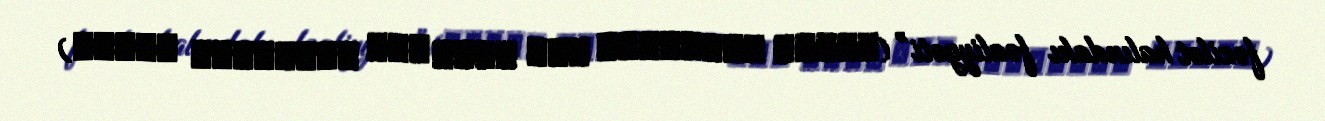
fəzilət halındakı fəaliyyəti” (ψυχῆς ἐνέργειά τις κατᾁ ἀις κατᾁἀεϽν ἀεενν)